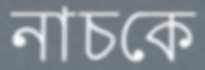
নাচকে